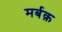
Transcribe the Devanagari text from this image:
मर्बक़